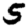
Digit: 5